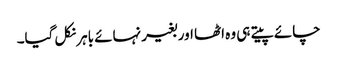
چائے پیتے ہی وہ اٹھا اور بغیر نہائے باہر نکل گیا۔